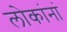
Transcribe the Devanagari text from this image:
लोकांनां